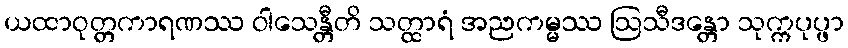
ယထာဝုတ္တကာရဏဿ ဝါသေန္တီတိ သတ္ထာရံ အညကမ္မဿ ဩသီဒန္တော သုက္ကပုပ္ဖာ